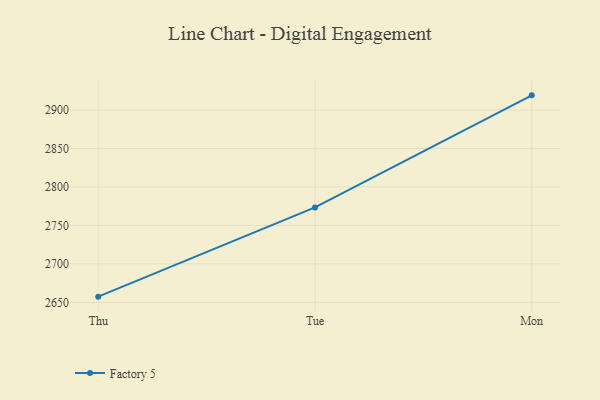
{"axis": {"x": "Day", "y": "Customer Acquisition Cost (USD)"}, "legend": ["Factory 5"], "data": [{"x": "Thu", "y": 2657.4, "type": "Factory 5"}, {"x": "Tue", "y": 2773.4, "type": "Factory 5"}, {"x": "Mon", "y": 2919.0, "type": "Factory 5"}]}